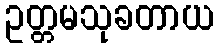
ဥတ္တမသုခတာယ